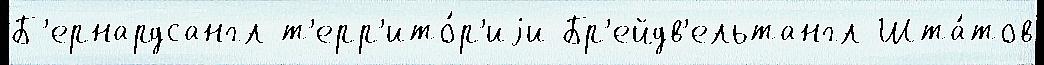
Б'ернардсангл т'ерр'ито́р'иjи Бр'ейдв'ельтангл Шта́тов